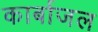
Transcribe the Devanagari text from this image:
कार्बाजल